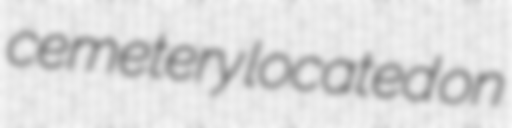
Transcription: cemetery located on